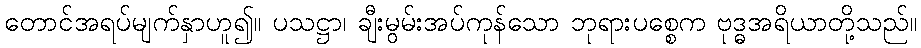
တောင်အရပ်မျက်နှာဟူ၍။ ပသဋ္ဌာ၊ ချီးမွမ်းအပ်ကုန်သော ဘုရားပစ္စေက ဗုဒ္ဓအရိယာတို့သည်။